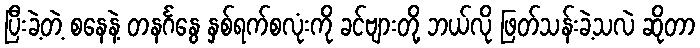
ပြီးခဲ့တဲ့ စနေနဲ့ တနင်္ဂနွေ နှစ်ရက်စလုံးကို ခင်ဗျားတို့ ဘယ်လို ဖြတ်သန်းခဲ့သလဲ ဆိုတာ